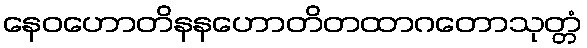
နေဝဟောတိနနဟောတိတထာဂတောသုတ္တံ